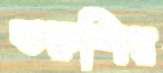
তরুশির